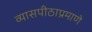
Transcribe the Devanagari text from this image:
व्यासपीठाप्रमाणे